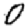
Digit: 0